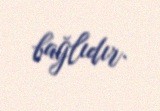
bağlıdır.